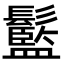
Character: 䰐